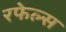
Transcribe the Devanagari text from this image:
रफेल्स